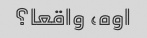
اوه، واقعا؟